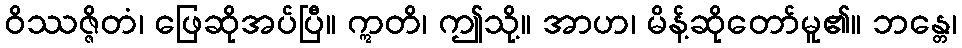
ဝိဿဇ္ဇိတံ၊ ဖြေဆိုအပ်ပြီ။ ဣတိ၊ ဤသို့။ အာဟ၊ မိန့်ဆိုတော်မူ၏။ ဘန္တေ၊